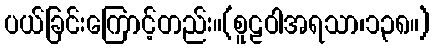
ပယ်ခြင်းကြောင့်တည်း။(စူဠဝါအရသာ၊၁၃၈။)